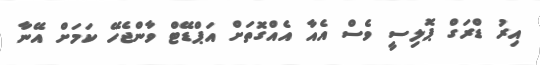
އިރު ޑްރަގް ޕޮލިސީ ވެސް އެއާ އެއްގޮތަށް އަޕްޑޭޓް ވާންޖެހޭ ކަމަށް އޭނާ